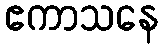
ဧကာသနေ